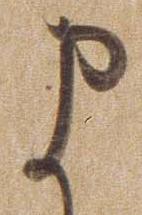
ま